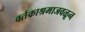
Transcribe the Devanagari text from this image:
वर्तकाश्रमाजवळून